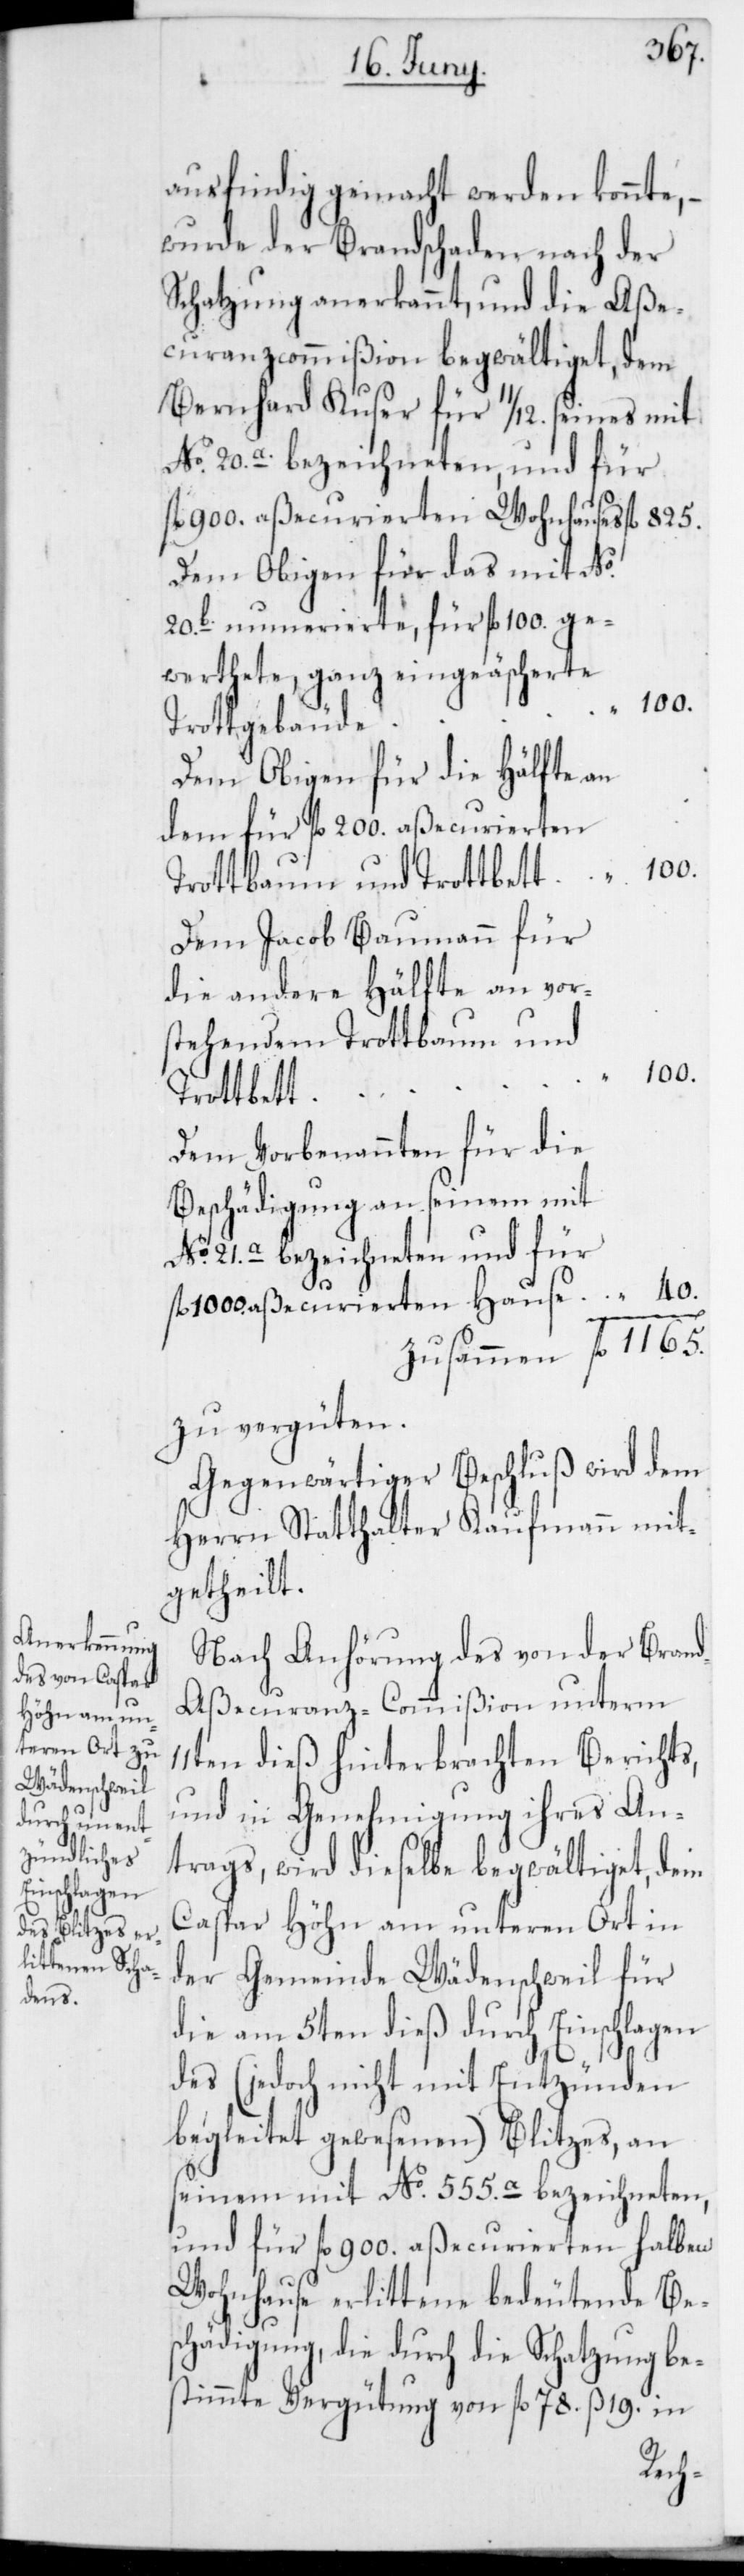
ausfindig gemacht werden konnte, –
wurde der Brandschaden nach der
Schatzung anerkannt, und die Aße¬
curanzcommißion begwältiget, dem
Bernhard Kuser für 11/12.seines mit
No 20.a. bezeichneten, und für
Dem Obigen für das mit No
20b. nummerierte, für fl. 100. ge¬
werthete, ganz eingeäscherete
Trottgebäude
Dem Obigen für die Hälfte an
dem für fl. 200. aßecurierten
Trottbaum und Trottbett
Dem Jacob Baumann für
die andere Hälfte an vor¬
stehendem Trottbaum und
100.
Trottbett
Dem Vorbenannten für die
Beschädigung an seinem mit
No 21.a bezeichneten und für
40.
fl. 1000 aßecurierten Hause
zu vergüten.
Gegenwärtiger Beschluß wird dem
Herrn Statthalter Kaufmann mit¬
getheilt.
Nach Anhörung des von der Bran¬
d-Aßecuranz-Commißion unterm
11ten dieß hinterbrachten Berichts,
und in Genehmigung ihres An¬
trags, wird dieselbe begwältiget, dem
Caspar Höhn am unteren Ort in
der Gemeinde Wädenschweil für
die am 5ten dieß durch Einschlagen
des (jedoch nicht mit Entzünden
begleitet gewesenen) Blitzes, an
seinem mit No 555.a bezeichneten,
und für fl. 900. aßecurierten halben
Wohnhause erlittene bedeutende Be¬
schädigung, die durch die Schatzung be¬
stimmte Vergütung von fl. 78. ß 19. in